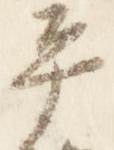
平